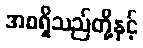
အစရှိသည်တို့နှင့်